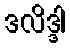
ဒလိဒ္ဒါ